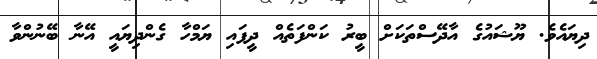
ދިޔައެވެ. ޔޫޝައުގެ އާދޭސްތަކަށް ބީރު ކަންފަތެއް ދީފައި ޔަމްހާ ގެންދިޔައީ އޭނާ ބޭނުންވާ